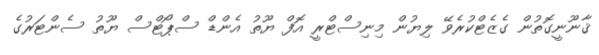
ޤާނޫނީގޮތުން ގެޒެޓްކުރެވޭ ލިޔުން މިނިސްޓްރީ އޮފް ޔޫތު އެންޑް ސްޕޯޓްސް ޔޫތު ސެންޓަރުގެ